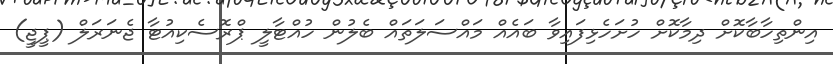
އިންތިހާބާކޮށް ދިމާކޮށް ހުށަހެޅިފައިވާ ބައެއް މައްސަލަތައް ބެލުން ހުއްޓާލީ ޕްރޮސެކިއުޓާ ޖެނަރަލް (ޕީޖީ)